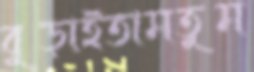
বুড়াইতামতুম